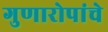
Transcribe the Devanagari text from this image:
गुणारोपांचे